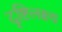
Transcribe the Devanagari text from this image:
दृष्टिलक्ष्य